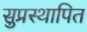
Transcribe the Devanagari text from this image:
सुप्रस्थापित